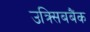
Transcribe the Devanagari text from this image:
उक्र्सिबबैंक